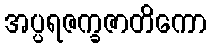
အပ္ပရဇက္ခဇာတိကော